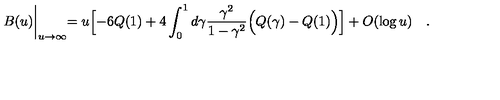
B ( u ) \biggl | _ { u \to \infty } = u \Bigl [ - 6 Q ( 1 ) + 4 \int _ { 0 } ^ { 1 } d \gamma \frac { \gamma ^ { 2 } } { 1 - \gamma ^ { 2 } } \Bigl ( Q ( \gamma ) - Q ( 1 ) \Bigr ) \Bigr ] + O ( \log u ) \quad .